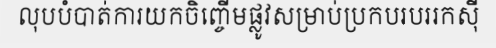
លុបបំបាត់ការយកចិញ្ចើមផ្លូវសម្រាប់ប្រកបរបររកស៊ី